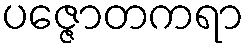
ပဇ္ဇောတကရာ